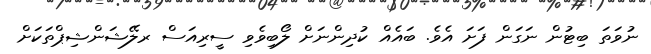
ނުވަތަ ބިޓުން ނަގަން ފަށަ އެވެ. ބައެއް ކުދިންނަށް ލޯބިވެވި ސީރިއަސް ރލޭޝަންޝިޕްތަކަށް